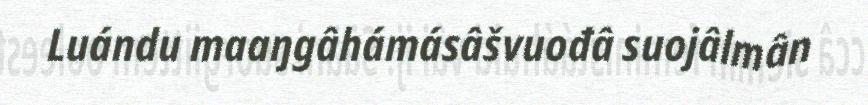
Luándu maaŋgâhámásâšvuođâ suojâlmân